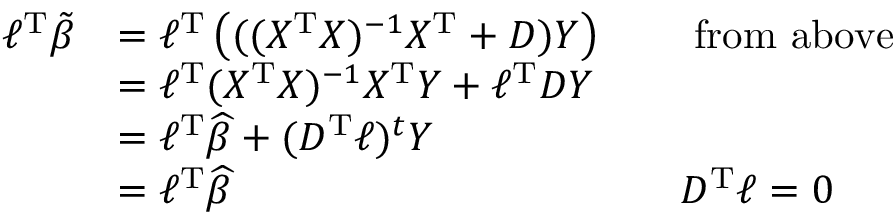
{ \begin{array} { r l r l } { \ell ^ { \operatorname { T } } { \tilde { \beta } } } & { = \ell ^ { \operatorname { T } } \left( ( ( X ^ { \operatorname { T } } X ) ^ { - 1 } X ^ { \operatorname { T } } + D ) Y \right) } & & { { \mathrm { ~ f r o m ~ a b o v e } } } \\ & { = \ell ^ { \operatorname { T } } ( X ^ { \operatorname { T } } X ) ^ { - 1 } X ^ { \operatorname { T } } Y + \ell ^ { \operatorname { T } } D Y } \\ & { = \ell ^ { \operatorname { T } } { \widehat { \beta } } + ( D ^ { \operatorname { T } } \ell ) ^ { t } Y } \\ & { = \ell ^ { \operatorname { T } } { \widehat { \beta } } } & & { D ^ { \operatorname { T } } \ell = 0 } \end{array} }